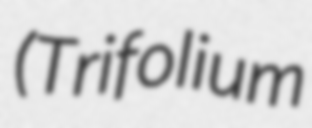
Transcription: (Trifolium